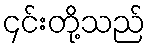
၄င်းတို့သည်